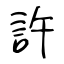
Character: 許